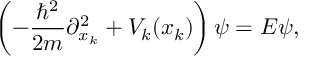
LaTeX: \left( - { \frac { \hbar ^ { 2 } } { 2 m } } \partial _ { x _ { k } } ^ { 2 } + V _ { k } ( x _ { k } ) \right) \psi = E \psi ,